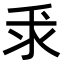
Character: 𫡕